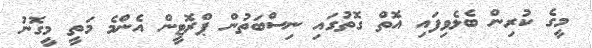
މީގެ ކުރިން ބެލެވިފައި އޮތް ގޮތުގައި ނިސްބަތުން ޕްރޮޓީން އެންމެ މަތީ މީގޮނު